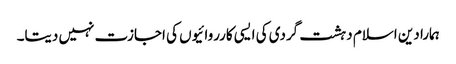
ہمارا دین اسلام دہشت گردی کی ایسی کارروائیوں کی اجازت نہیں دیتا۔